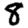
Digit: 8